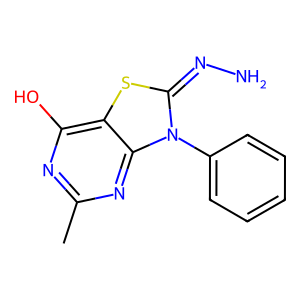
SMILES: Cc1nc(O)c2sc(=NN)n(-c3ccccc3)c2n1
Inhibits HIV replication: No